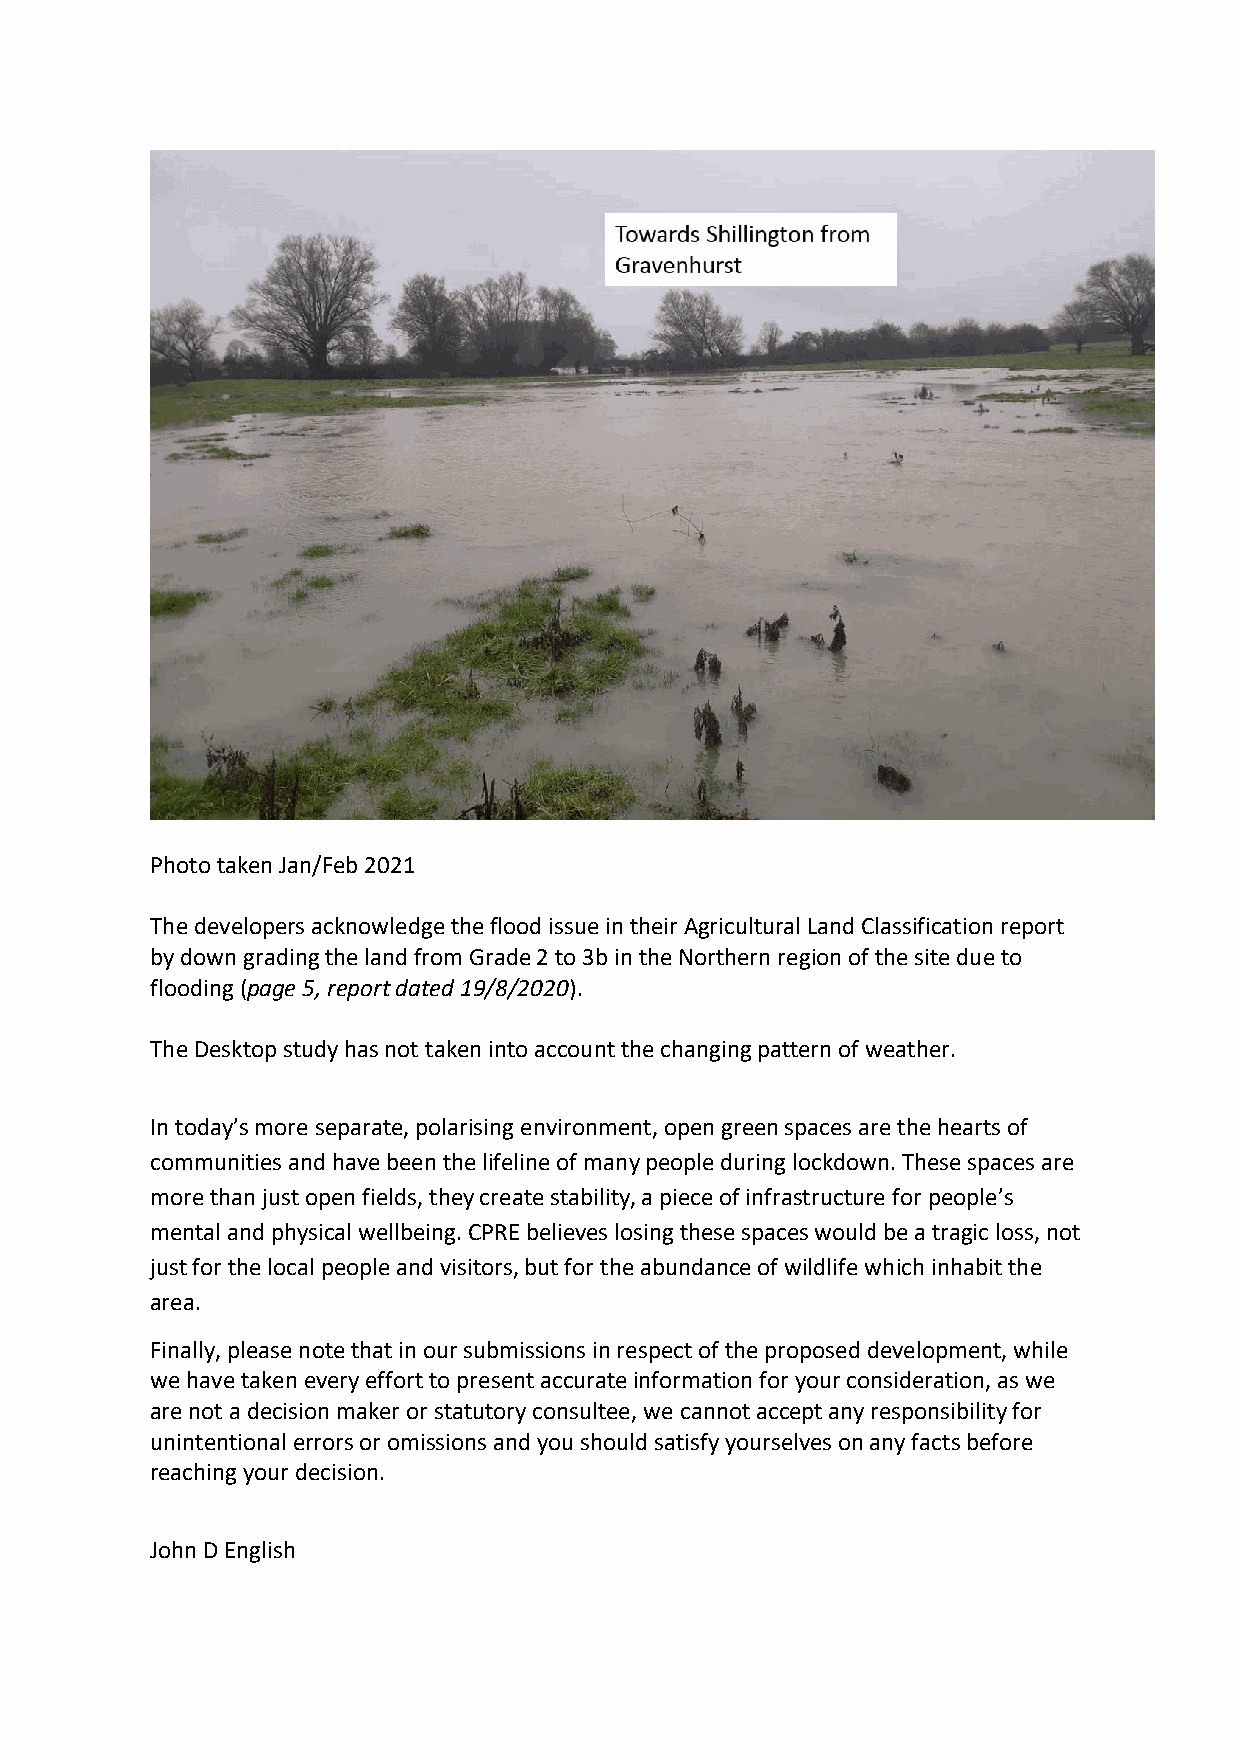
Photo taken Jan/Feb 2021
 The developers acknowledge the flood issue in their Agricultural Land Classification report
 by down grading the land from Grade 2 to 3b in the Northern region of the site due to
 flooding (page 5, report dated 19/8/2020).
 The Desktop study has not taken into account the changing pattern of weather.
 In today’s more separate, polarising environment, open green spaces are the hearts of
 communities and have been the lifeline of many people during lockdown. These spaces are
 more than just open fields, they create stability, a piece of infrastructure for people’s
 mental and physical wellbeing. CPRE believes losing these spaces would be a tragic loss, not
 just for the local people and visitors, but for the abundance of wildlife which inhabit the
 area.
 Finally, please note that in our submissions in respect of the proposed development, while
 we have taken every effort to present accurate information for your consideration, as we
 are not a decision maker or statutory consultee, we cannot accept any responsibility for
 unintentional errors or omissions and you should satisfy yourselves on any facts before
 reaching your decision.
 John D English